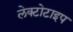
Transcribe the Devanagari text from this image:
लेक्टोटाइप